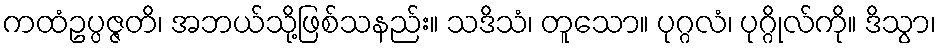
ကထံဥပ္ပဇ္ဇတိ၊ အဘယ်သို့ဖြစ်သနည်း။ သဒိသံ၊ တူသော။ ပုဂ္ဂလံ၊ ပုဂ္ဂိုလ်ကို။ ဒိသွာ၊